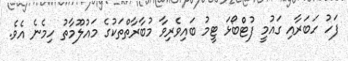
ފަހު ހަބަރާއި ގައުމީ ފުޓްބޯޅަ ޓީމު ބައިވެރިވާ މުބާރާތްތަކުގެ މައުލޫމާތު ހިމެނެ އެވެ.